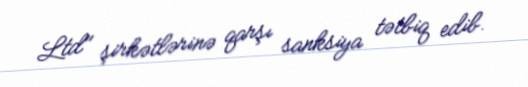
Ltd" şirkətlərinə qarşı sanksiya tətbiq edib.